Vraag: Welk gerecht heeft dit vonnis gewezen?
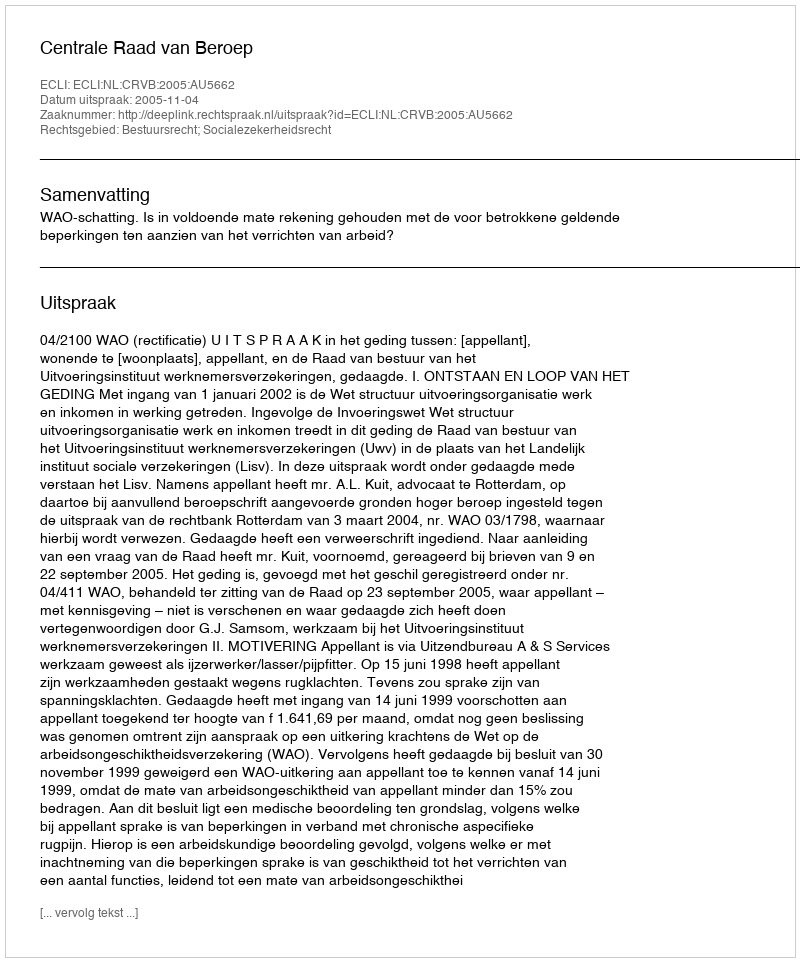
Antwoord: Centrale Raad van Beroep